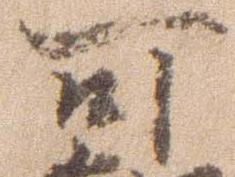
可